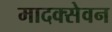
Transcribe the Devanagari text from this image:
मादक्सेवन